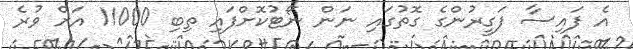
އެ ފައިސާ ފަގީރުންގެ ގޮތުގައި ނަން ނޯޓުކޮށްފައި ތިބި 11000 އަށް ވުރެ